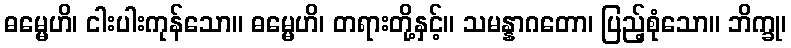
ဓမ္မေဟိ၊ ငါးပါးကုန်သော။ ဓမ္မေဟိ၊ တရားတို့နှင့်။ သမန္နာဂတော၊ ပြည့်စုံသော။ ဘိက္ခု၊